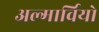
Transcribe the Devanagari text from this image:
अल्गार्वियो